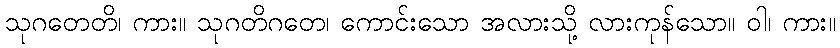
သုဂတေတိ၊ ကား။ သုဂတိဂတေ၊ ကောင်းသော အလားသို့ လားကုန်သော။ ဝါ၊ ကား။